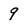
Character: 9